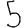
Digit: 5